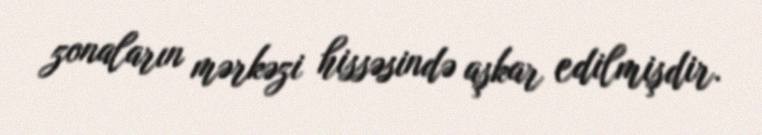
zonaların mərkəzi hissəsində aşkar edilmişdir.